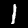
Label: 1